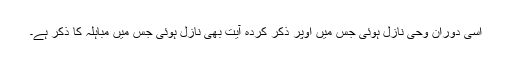
اسی دوران وحی نازل ہوئی جس میں اوپر ذکر کردہ آیت بھی نازل ہوئی جس میں مباہلہ کا ذکر ہے۔